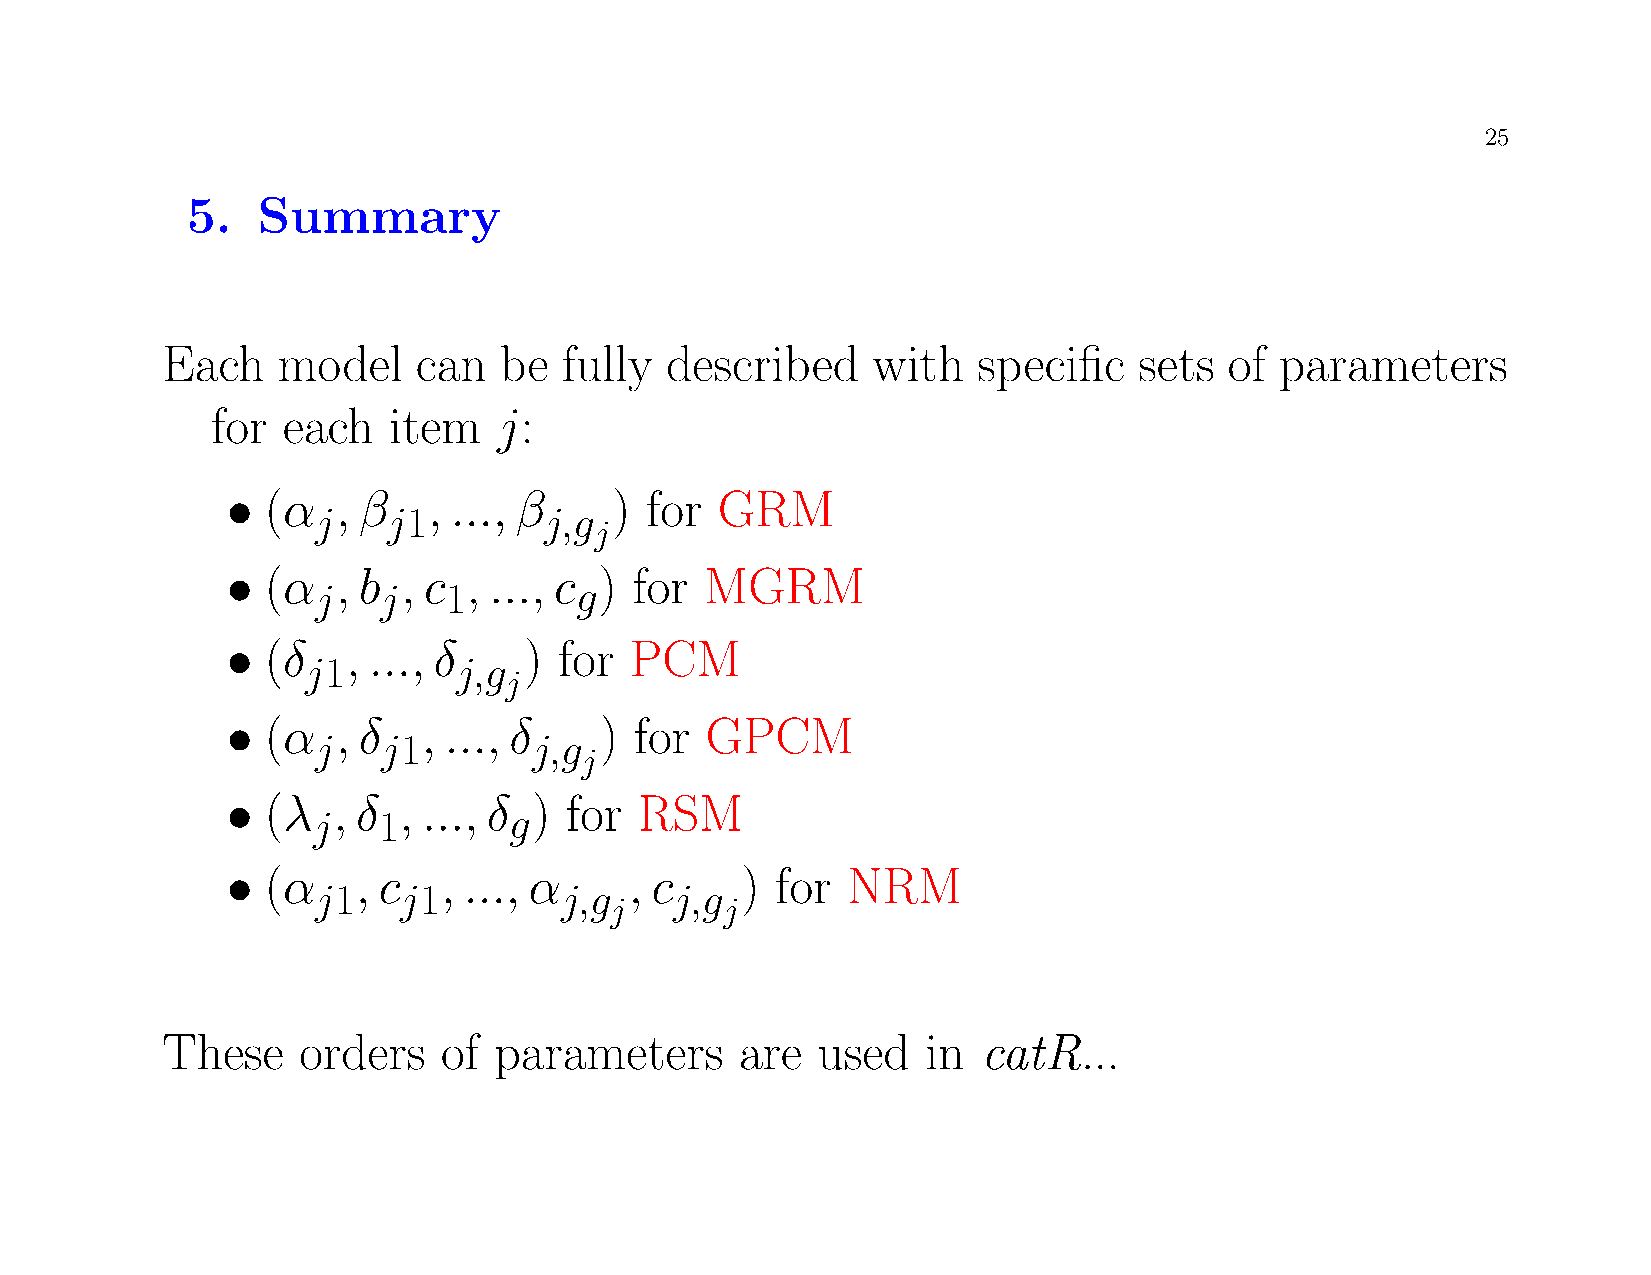
25
 5.   Summary
 Each   model     can  be  fully  described     with   specific  sets  of  parameters
 for  each   item   j:
 •  (α  , β   , ..., β     ) for  GRM
 j    j1        j,g
 j
 •  (α  , b  , c , ..., c ) for  MGRM
 j   j   1        g
 •  (δ   , ..., δ    ) for  PCM
 j1        j,g
 j
 •  (α  , δ   , ..., δ    ) for  GPCM
 j   j1        j,g
 j
 •  (λ  , δ , ..., δ ) for  RSM
 j   1        g
 •  (α    , c  , ..., α     , c    ) for  NRM
 j1   j1         j,g     j,g
 j       j
 These    orders   of  parameters      are  used   in  catR...